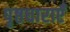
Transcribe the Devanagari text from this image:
पृष्ठधाराएँ